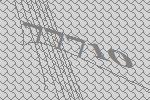
77710